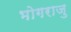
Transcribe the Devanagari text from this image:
भोगराजु